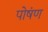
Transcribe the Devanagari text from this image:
पोषंण